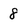
Character: 8